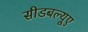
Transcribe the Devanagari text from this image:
सीडबल्यूए